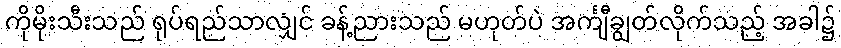
ကိုမိုးသီးသည် ရုပ်ရည်သာလျှင် ခန့်ညားသည် မဟုတ်ပဲ အင်္ကျီချွတ်လိုက်သည့် အခါ၌